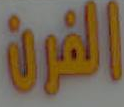
القرن